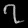
Digit: ၇